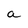
Character: a